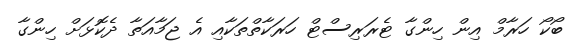
ބޯކޯ ހަރާމް އިން ހިންގާ ޓެރަރިސްޓް ހަރަކާތްތަކާއި އެ ޖަމާއަތާ ދެކޮޅަށް ހިންގާ